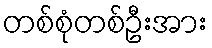
တစ်စုံတစ်ဦးအား